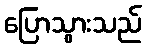
ပြောသွားသည်